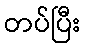
တပ်ပြီး